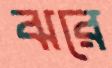
ঝরে